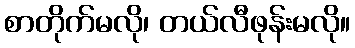
စာတိုက်မလို၊ တယ်လီဖုန်းမလို။